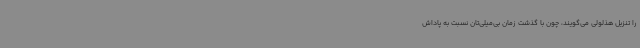
را تنزیل هذلولی می‌گویند، چون با گذشت زمان بی‌میلی‌تان نسبت به پاداش